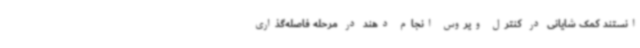
انستند کمک شایانی در کنترل ویروس انجام دهند در مرحله فاصله‌گذاری